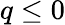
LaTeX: q\leq 0